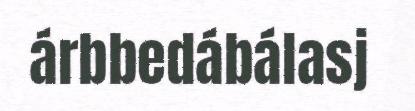
árbbedábálasj